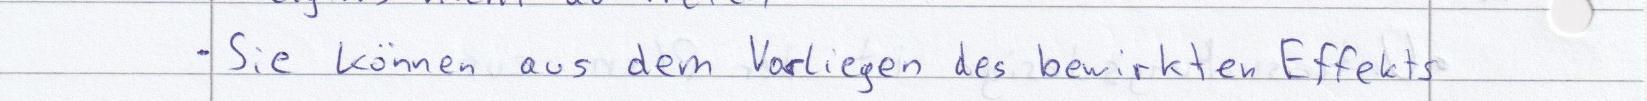
Sie können aus dem Vorliegen des bewirkten Effekts